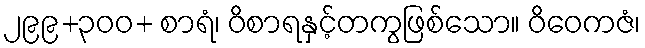
၂၉၉+၃၀၀+ စာရံ၊ ဝိစာရနှင့်တကွဖြစ်သော။ ဝိဝေကဇံ၊